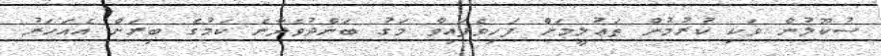
ސުކޫލުން ވަކި ކުރުމުން ތަޢުލީމަށް ފަހިވެފައިވާ މަގު ބަންދުވެދާނެ ކަމުގެ ބިރަށް އެއަހަރު